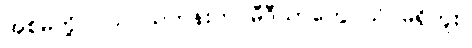
အစ်မတို့ ငယ်ငယ်တုန်းက မီဒီယာတွေ သိပ်မရှိဘူး။